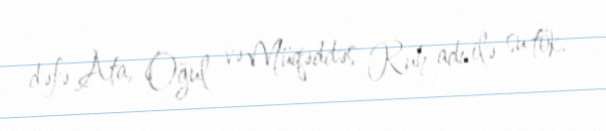
dəfə Ata, Oğul və Müqəddəs Ruh adı ilə su tök.